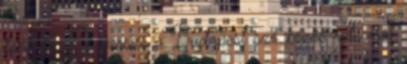
tank-ja. És persze a Budapest szó közös vele meg